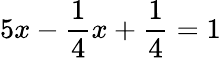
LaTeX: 5x-\frac{1}{4}x+\frac{1}{4}=1